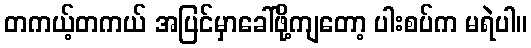
တကယ့်တကယ် အပြင်မှာခေါ်ဖို့ကျတော့ ပါးစပ်က မရဲပါ။